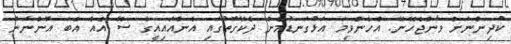
ކުދިންނަށް ވާންޖެހޭނޭ. އެހެންވީމަ އަޅުގަނޑުމެން ދެކޭގޮތުގައި އެންއައިއީގެ ސޭ އެއް އެބަ އޮންނަން